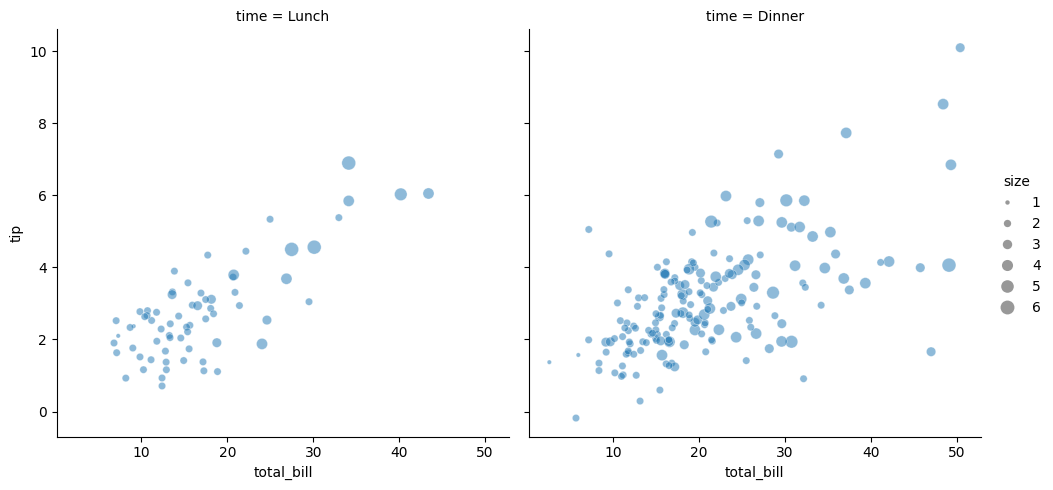
python, seaborn, relplot, alpha=0.5